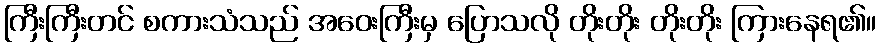
ကြီးကြီးတင် စကားသံသည် အဝေးကြီးမှ ပြောသလို တိုးတိုး တိုးတိုး ကြားနေရ၏။